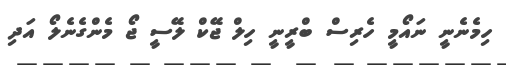
ހިމެނެނީ ނައޯމީ ހެރިސް ބްރީނީ ހިލް ޖޭކް ލޭސީ ޖޯ މެންގެނެލޯ އަދި